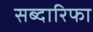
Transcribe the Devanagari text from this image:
सब्दारिफा